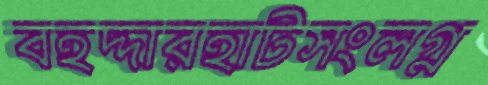
বহদ্দারহাটসংলগ্ন